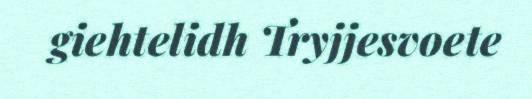
giehtelidh Tryjjesvoete